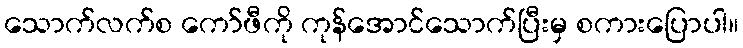
သောက်လက်စ ကော်ဖီကို ကုန်အောင်သောက်ပြီးမှ စကားပြောပါ။